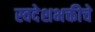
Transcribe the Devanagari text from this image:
स्वदेशभक्तीचे